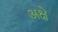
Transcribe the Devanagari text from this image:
अक्षे